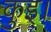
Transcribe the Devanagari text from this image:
कुइ।